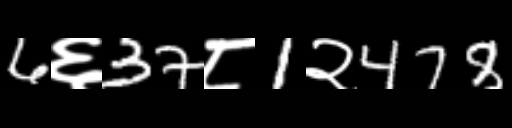
Text: 6६37८1२478